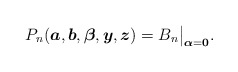
\begin{gather*}P_n({\boldsymbol{a}}, {\boldsymbol{b}}, {\boldsymbol{\beta}}, {\boldsymbol{y}},{\boldsymbol{z}})= B_n \big |_{{\boldsymbol{\alpha}}={\bf 0}}.\end{gather*}